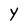
Character: Y